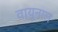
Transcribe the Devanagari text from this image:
वायुनाल